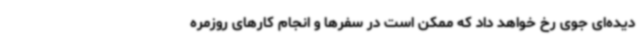
دیده‌ای جوی رخ خواهد داد که ممکن است در سفرها و انجام کارهای روزمره